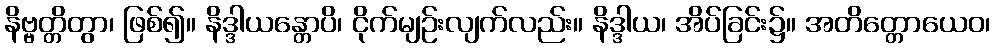
နိဗ္ဗတ္တိတွာ၊ ဖြစ်၍။ နိဒ္ဒါယန္တောပိ၊ ငိုက်မျဉ်းလျက်လည်း။ နိဒ္ဒါယ၊ အိပ်ခြင်း၌။ အတိတ္တောယေဝ၊